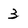
Character: 3